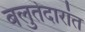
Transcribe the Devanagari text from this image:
बलुतेदारांत